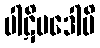
ပါဋိပဒေါပိ